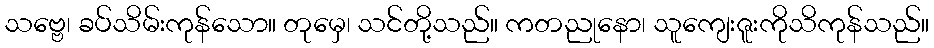
သဗ္ဗေ၊ ခပ်သိမ်းကုန်သော။ တုမှေ၊ သင်တို့သည်။ ကတညုနော၊ သူကျေးဇူးကိုသိကုန်သည်။